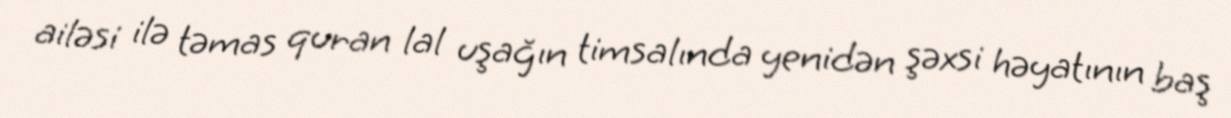
ailəsi ilə təmas quran lal uşağın timsalında yenidən şəxsi həyatının baş